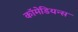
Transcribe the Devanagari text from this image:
कॉमेडियन्स